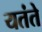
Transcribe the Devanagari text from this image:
यतंते